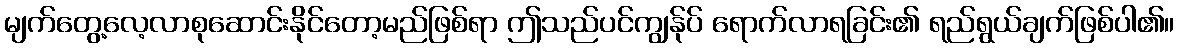
မျက်တွေ့လေ့လာစုဆောင်းနိုင်တော့မည်ဖြစ်ရာ ဤသည်ပင်ကျွန်ုပ် ရောက်လာရခြင်း၏ ရည်ရွယ်ချက်ဖြစ်ပါ၏။